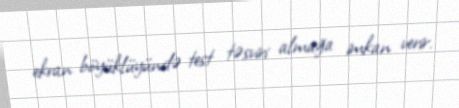
ekran böyüklüyündə test təsviri almağa imkan verir.